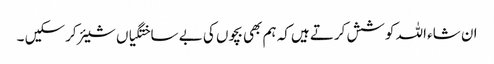
ان شاء اللہ کوشش کرتے ہیں‌کہ ہم بھی بچوں کی بے ساختگیاں شیئر کرسکیں ۔